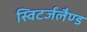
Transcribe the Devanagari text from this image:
स्विटर्जलैण्ड